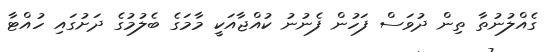
ގެއްލުނުތާ ތިން ދުވަސް ފަހުން ފެނުނު ކުއްޖާއަކީ މާމަގެ ބެލުމުގެ ދަށުގައި ހުއްޓާ